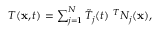
\begin{array} { r } { T ( \mathbf x , t ) = \sum \displaylimits _ { j = 1 } ^ { N } \tilde { T } _ { j } ( t ) \ ^ { T } N _ { j } ( \mathbf x ) , } \end{array}